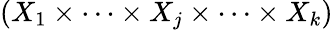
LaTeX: (X_{1}\times\cdots\times X_{j}\times\cdots\times X_{k})